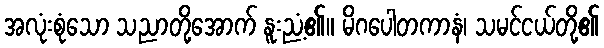
အလုံးစုံသော သညာတို့အောက် နူးညံ့၏။ မိဂပေါတကာနံ၊ သမင်ငယ်တို့၏